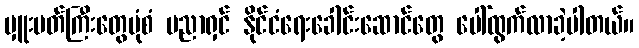
မှူးမတ်ကြီးတွေပုံစံ ပညာရှင် နိုင်ငံရေးခေါင်းဆောင်တွေ ပေါ်ထွက်လာခဲ့ပါတယ်။